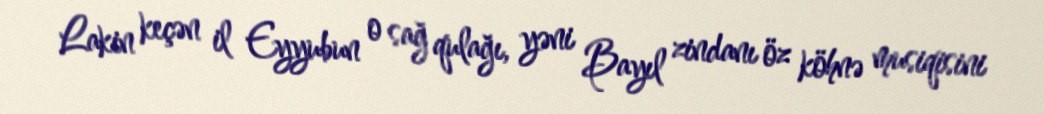
Lakin keçən il Eyyubun o sağ qulağı, yəni Bayıl zindanı öz köhnə musiqisini